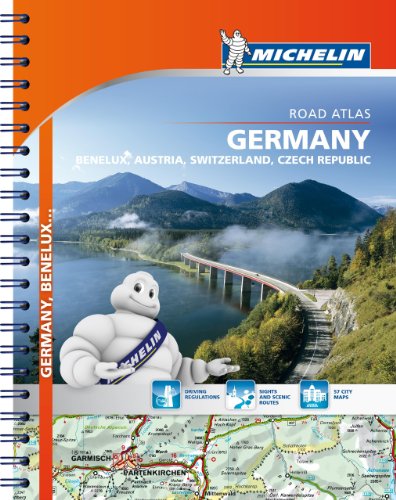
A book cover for Michelin Germany/Austria/Benelux/Switzerland Atlas (Atlas (Michelin)); Michelin; Travel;